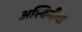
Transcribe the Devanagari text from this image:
अश्विनीचा